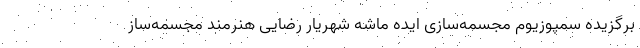
برگزیده سمپوزیوم مجسمه‌سازی ایده ماشه شهریار رضایی هنرمند مجسمه‌ساز